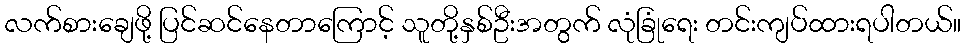
လက်စားချေဖို့ ပြင်ဆင်နေတာကြောင့် သူတို့နှစ်ဦးအတွက် လုံခြုံရေး တင်းကျပ်ထားရပါတယ်။